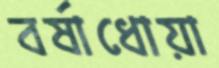
বর্ষাধোয়া